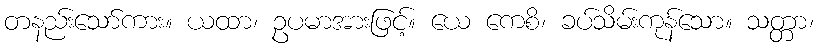
တနည်းသော်ကား။ ယထာ၊ ဥပမာအားဖြင့်။ ယေ ကေစိ၊ ခပ်သိမ်းကုန်သော။ သတ္တာ၊